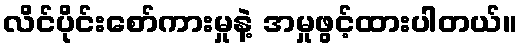
လိင်ပိုင်းစော်ကားမှုနဲ့ အမှုဖွင့်ထားပါတယ်။